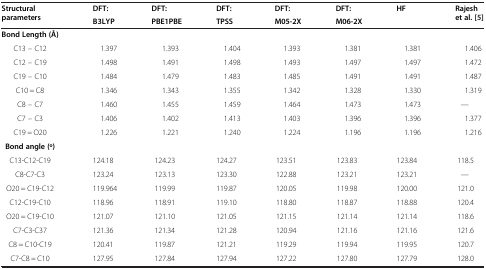
<table><thead><tr><td rowspan="2"><b>Structural parameters</b></td><td><b>DFT:</b></td><td><b>DFT:</b></td><td><b>DFT:</b></td><td><b>DFT:</b></td><td><b>DFT:</b></td><td rowspan="2"><b>HF</b></td><td rowspan="2"><b>Rajesh et al. [5]</b></td></tr><tr><td><b>B3LYP</b></td><td><b>PBE1PBE</b></td><td><b>TPSS</b></td><td><b>M05-2X</b></td><td><b>M06-2X</b></td></tr></thead><tbody><tr><td><b>Bond Length (Å)</b></td><td> </td><td> </td><td> </td><td> </td><td> </td><td> </td><td> </td></tr><tr><td>C13 – C12</td><td>1.397</td><td>1.393</td><td>1.404</td><td>1.393</td><td>1.381</td><td>1.381</td><td>1.406</td></tr><tr><td>C12 – C19</td><td>1.498</td><td>1.491</td><td>1.498</td><td>1.493</td><td>1.497</td><td>1.497</td><td>1.472</td></tr><tr><td>C19 – C10</td><td>1.484</td><td>1.479</td><td>1.483</td><td>1.485</td><td>1.491</td><td>1.491</td><td>1.487</td></tr><tr><td>C10 = C8</td><td>1.346</td><td>1.343</td><td>1.355</td><td>1.342</td><td>1.328</td><td>1.330</td><td>1.319</td></tr><tr><td>C8 – C7</td><td>1.460</td><td>1.455</td><td>1.459</td><td>1.464</td><td>1.473</td><td>1.473</td><td>—</td></tr><tr><td>C7 – C3</td><td>1.406</td><td>1.402</td><td>1.413</td><td>1.403</td><td>1.396</td><td>1.396</td><td>1.377</td></tr><tr><td>C19 = O20</td><td>1.226</td><td>1.221</td><td>1.240</td><td>1.224</td><td>1.196</td><td>1.196</td><td>1.216</td></tr><tr><td><b>Bond angle (o)</b></td><td> </td><td> </td><td> </td><td> </td><td> </td><td> </td><td> </td></tr><tr><td>C13-C12-C19</td><td>124.18</td><td>124.23</td><td>124.27</td><td>123.51</td><td>123.83</td><td>123.84</td><td>118.5</td></tr><tr><td>C8-C7-C3</td><td>123.24</td><td>123.13</td><td>123.30</td><td>122.88</td><td>123.21</td><td>123.21</td><td>—</td></tr><tr><td>O20 = C19-C12</td><td>119.964</td><td>119.99</td><td>119.87</td><td>120.05</td><td>119.98</td><td>120.00</td><td>121.0</td></tr><tr><td>C12-C19-C10</td><td>118.96</td><td>118.91</td><td>119.10</td><td>118.80</td><td>118.87</td><td>118.88</td><td>120.4</td></tr><tr><td>O20 = C19-C10</td><td>121.07</td><td>121.10</td><td>121.05</td><td>121.15</td><td>121.14</td><td>121.14</td><td>118.6</td></tr><tr><td>C7-C3-C37</td><td>121.36</td><td>121.34</td><td>121.28</td><td>120.94</td><td>121.16</td><td>121.16</td><td>121.6</td></tr><tr><td>C8 = C10-C19</td><td>120.41</td><td>119.87</td><td>121.21</td><td>119.29</td><td>119.94</td><td>119.95</td><td>120.7</td></tr><tr><td>C7-C8 = C10</td><td>127.95</td><td>127.84</td><td>127.94</td><td>127.22</td><td>127.80</td><td>127.79</td><td>128.0</td></tr></tbody></table>